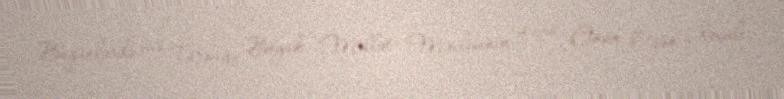
Bugünlərdə isə Türkiyə Böyük Millət Məclisinin üzvü Cinan Oğan Xocalı